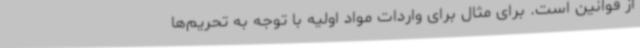
از قوانین است. برای مثال برای واردات مواد اولیه با توجه به تحریم‌ها